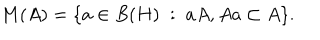
M ( A ) = \{ a \in B ( H ) \; : \; a A , A a \subset A \} .